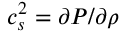
c _ { s } ^ { 2 } = \partial P / \partial \rho